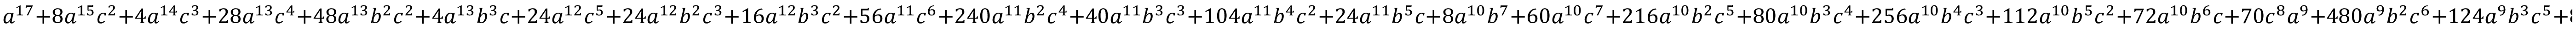
a ^ { 1 7 } + 8 a ^ { 1 5 } c ^ { 2 } + 4 a ^ { 1 4 } c ^ { 3 } + 2 8 a ^ { 1 3 } c ^ { 4 } + 4 8 a ^ { 1 3 } b ^ { 2 } c ^ { 2 } + 4 a ^ { 1 3 } b ^ { 3 } c + 2 4 a ^ { 1 2 } c ^ { 5 } + 2 4 a ^ { 1 2 } b ^ { 2 } c ^ { 3 } + 1 6 a ^ { 1 2 } b ^ { 3 } c ^ { 2 } + 5 6 a ^ { 1 1 } c ^ { 6 } + 2 4 0 a ^ { 1 1 } b ^ { 2 } c ^ { 4 } + 4 0 a ^ { 1 1 } b ^ { 3 } c ^ { 3 } + 1 0 4 a ^ { 1 1 } b ^ { 4 } c ^ { 2 } + 2 4 a ^ { 1 1 } b ^ { 5 } c + 8 a ^ { 1 0 } b ^ { 7 } + 6 0 a ^ { 1 0 } c ^ { 7 } + 2 1 6 a ^ { 1 0 } b ^ { 2 } c ^ { 5 } + 8 0 a ^ { 1 0 } b ^ { 3 } c ^ { 4 } + 2 5 6 a ^ { 1 0 } b ^ { 4 } c ^ { 3 } + 1 1 2 a ^ { 1 0 } b ^ { 5 } c ^ { 2 } + 7 2 a ^ { 1 0 } b ^ { 6 } c + 7 0 c ^ { 8 } a ^ { 9 } + 4 8 0 a ^ { 9 } b ^ { 2 } c ^ { 6 } + 1 2 4 a ^ { 9 } b ^ { 3 } c ^ { 5 } + 8 0 8 a ^ { 9 } b ^ { 4 } c ^ { 4 } + 3 7 6 a ^ { 9 } b ^ { 5 } c ^ { 3 } + 1 1 2 a ^ { 9 } b ^ { 6 } c ^ { 2 } + 9 6 a ^ { 9 } b ^ { 7 } c + 4 8 a ^ { 8 } b ^ { 9 } + 8 0 a ^ { 8 } c ^ { 9 } + 5 2 8 a ^ { 8 } b ^ { 2 } c ^ { 7 } + 1 6 0 a ^ { 8 } b ^ { 3 } c ^ { 6 } + 1 2 1 6 a ^ { 8 } b ^ { 4 } c ^ { 5 } + 7 6 8 a ^ { 8 } b ^ { 5 } c ^ { 4 } + 1 1 9 2 a ^ { 8 } b ^ { 6 } c ^ { 3 } + 6 1 6 a ^ { 8 } b ^ { 7 } c ^ { 2 } + 1 4 4 a ^ { 8 } b ^ { 8 } c + 6 4 a ^ { 7 } b ^ { 1 0 } + 5 6 a ^ { 7 } c ^ { 1 0 } + 4 8 0 a ^ { 7 } b ^ { 2 } c ^ { 8 } + 1 7 6 a ^ { 7 } b ^ { 3 } c ^ { 7 } + 1 6 8 0 a ^ { 7 } b ^ { 4 } c ^ { 6 } + 1 1 3 6 a ^ { 7 } b ^ { 5 } c ^ { 5 } + 2 1 7 6 a ^ { 7 } b ^ { 6 } c ^ { 4 } + 1 7 9 2 a ^ { 7 } b ^ { 7 } c ^ { 3 } + 1 0 8 8 a ^ { 7 } b ^ { 8 } c ^ { 2 } + 6 4 0 a ^ { 7 } b ^ { 9 } c + 3 2 0 a ^ { 6 } b ^ { 1 1 } + 6 0 a ^ { 6 } c ^ { 1 1 } + 5 2 8 a ^ { 6 } b ^ { 2 } c ^ { 9 } + 1 6 0 a ^ { 6 } b ^ { 3 } c ^ { 8 } + 1 7 2 8 a ^ { 6 } b ^ { 4 } c ^ { 7 } + 1 3 1 2 a ^ { 6 } b ^ { 5 } c ^ { 6 } + 3 0 2 4 a ^ { 6 } b ^ { 6 } c ^ { 5 } + 3 2 1 6 a ^ { 6 } b ^ { 7 } c ^ { 4 } + 2 3 0 4 a ^ { 6 } b ^ { 8 } c ^ { 3 } + 1 9 8 4 a ^ { 6 } b ^ { 9 } c ^ { 2 } + 8 6 4 a ^ { 6 } b ^ { 1 0 } c + 5 1 2 a ^ { 5 } b ^ { 1 2 } + 2 8 a ^ { 5 } c ^ { 1 2 } + 2 4 0 a ^ { 5 } b ^ { 2 } c ^ { 1 0 } + 1 2 4 a ^ { 5 } b ^ { 3 } c ^ { 9 } + 1 2 3 2 a ^ { 5 } b ^ { 4 } c ^ { 8 } + 1 1 3 6 a ^ { 5 } b ^ { 5 } c ^ { 7 } + 3 2 9 6 a ^ { 5 } b ^ { 6 } c ^ { 6 } + 3 9 0 4 a ^ { 5 } b ^ { 7 } c ^ { 5 } + 4 1 6 0 a ^ { 5 } b ^ { 8 } c ^ { 4 } + 4 4 8 0 a ^ { 5 } b ^ { 9 } c ^ { 3 } + 1 9 8 4 a ^ { 5 } b ^ { 1 0 } c ^ { 2 } + 1 4 7 2 a ^ { 5 } b ^ { 1 1 } c + 5 7 6 a ^ { 4 } b ^ { 1 3 } + 2 4 a ^ { 4 } c ^ { 1 3 } + 2 1 6 a ^ { 4 } b ^ { 2 } c ^ { 1 1 } + 8 0 a ^ { 4 } b ^ { 3 } c ^ { 1 0 } + 8 3 2 a ^ { 4 } b ^ { 4 } c ^ { 9 } + 7 6 8 a ^ { 4 } b ^ { 5 } c ^ { 8 } + 2 1 2 8 a ^ { 4 } b ^ { 6 } c ^ { 7 } + 3 2 1 6 a ^ { 4 } b ^ { 7 } c ^ { 6 } + 4 1 9 2 a ^ { 4 } b ^ { 8 } c ^ { 5 } + 6 1 7 6 a ^ { 4 } b ^ { 9 } c ^ { 4 } + 3 7 4 4 a ^ { 4 } b ^ { 1 0 } c ^ { 3 } + 3 5 2 0 a ^ { 4 } b ^ { 1 1 } c ^ { 2 } + 1 2 8 0 a ^ { 4 } b ^ { 1 2 } c + 7 6 8 a ^ { 3 } b ^ { 1 4 } + 8 a ^ { 3 } c ^ { 1 4 } + 4 8 a ^ { 3 } b ^ { 2 } c ^ { 1 2 } + 4 0 a ^ { 3 } b ^ { 3 } c ^ { 1 1 } + 2 6 4 a ^ { 3 } b ^ { 4 } c ^ { 1 0 } + 3 7 6 a ^ { 3 } b ^ { 5 } c ^ { 9 } + 1 0 2 4 a ^ { 3 } b ^ { 6 } c ^ { 8 } + 1 7 9 2 a ^ { 3 } b ^ { 7 } c ^ { 7 } + 2 2 4 0 a ^ { 3 } b ^ { 8 } c ^ { 6 } + 4 4 8 0 a ^ { 3 } b ^ { 9 } c ^ { 5 } + 3 7 7 6 a ^ { 3 } b ^ { 1 0 } c ^ { 4 } + 4 7 3 6 a ^ { 3 } b ^ { 1 1 } c ^ { 3 } + 2 3 0 4 a ^ { 3 } b ^ { 1 2 } c ^ { 2 } + 1 5 3 6 a ^ { 3 } b ^ { 1 3 } c + 2 5 6 a ^ { 2 } b ^ { 1 5 } + 4 a ^ { 2 } c ^ { 1 5 } + 2 4 a ^ { 2 } b ^ { 2 } c ^ { 1 3 } + 1 6 a ^ { 2 } b ^ { 3 } c ^ { 1 2 } + 6 4 a ^ { 2 } b ^ { 4 } c ^ { 1 1 } + 1 1 2 a ^ { 2 } b ^ { 5 } c ^ { 1 0 } + 2 3 2 a ^ { 2 } b ^ { 6 } c ^ { 9 } + 6 1 6 a ^ { 2 } b ^ { 7 } c ^ { 8 } + 1 0 2 4 a ^ { 2 } b ^ { 8 } c ^ { 7 } + 1 9 8 4 a ^ { 2 } b ^ { 9 } c ^ { 6 } + 1 9 5 2 a ^ { 2 } b ^ { 1 0 } c ^ { 5 } + 3 5 2 0 a ^ { 2 } b ^ { 1 1 } c ^ { 4 } + 2 3 0 4 a ^ { 2 } b ^ { 1 2 } c ^ { 3 } + 1 9 2 0 a ^ { 2 } b ^ { 1 3 } c ^ { 2 } + 7 6 8 a ^ { 2 } b ^ { 1 4 } c + 2 5 6 a b ^ { 1 6 } + a c ^ { 1 6 } + 4 a b ^ { 3 } c ^ { 1 3 } + 8 a b ^ { 4 } c ^ { 1 2 } + 2 4 a b ^ { 5 } c ^ { 1 1 } + 4 8 a b ^ { 6 } c ^ { 1 0 } + 9 6 a b ^ { 7 } c ^ { 9 } + 1 9 2 a b ^ { 8 } c ^ { 8 } + 6 4 0 a b ^ { 9 } c ^ { 7 } + 8 3 2 a b ^ { 1 0 } c ^ { 6 } + 1 4 7 2 a b ^ { 1 1 } c ^ { 5 } + 1 2 8 0 a b ^ { 1 2 } c ^ { 4 } + 1 5 3 6 a b ^ { 1 3 } c ^ { 3 } + 7 6 8 a b ^ { 1 4 } c ^ { 2 } + 5 1 2 a b ^ { 1 5 } c + 8 b ^ { 6 } c ^ { 1 1 } + 8 b ^ { 7 } c ^ { 1 0 } + 1 6 b ^ { 8 } c ^ { 9 } + 4 8 b ^ { 9 } c ^ { 8 } + 9 6 b ^ { 1 0 } c ^ { 7 } + 3 2 0 b ^ { 1 1 } c ^ { 6 } + 5 1 2 b ^ { 1 2 } c ^ { 5 } + 5 7 6 b ^ { 1 3 } c ^ { 4 } + 7 6 8 b ^ { 1 4 } c ^ { 3 } + 2 5 6 b ^ { 1 5 } c ^ { 2 } + 2 5 6 b ^ { 1 6 } c